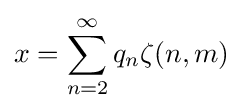
x=\sum _{n=2}^{\infty }q_{n}\zeta (n,m)